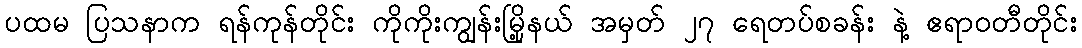
ပထမ ပြသနာက ရန်ကုန်တိုင်း ကိုကိုးကျွန်းမြို့နယ် အမှတ် ၂၇ ရေတပ်စခန်း နဲ့ ဧရာဝတီတိုင်း